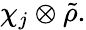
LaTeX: \chi_{j}\otimes{\tilde{\rho}}.